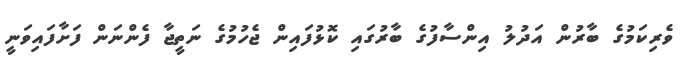
ވެރިކަމުގެ ބާރުން އަދުލު އިންސާފުގެ ބާރުގައި ކޮޅުފައިން ޖެހުމުގެ ނަތީޖާ ފެންނަން ފަށާފައިވަނީ